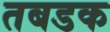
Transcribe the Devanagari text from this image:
तबडक